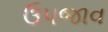
ઉપજાવ